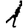
Digit: 1